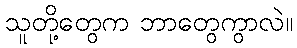
သူတို့တွေက ဘာတွေကွာလဲ။